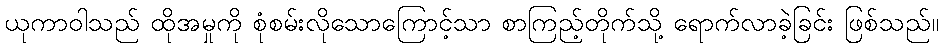
ယုကာဝါသည် ထိုအမှုကို စုံစမ်းလိုသောကြောင့်သာ စာကြည့်တိုက်သို့ ရောက်လာခဲ့ခြင်း ဖြစ်သည်။